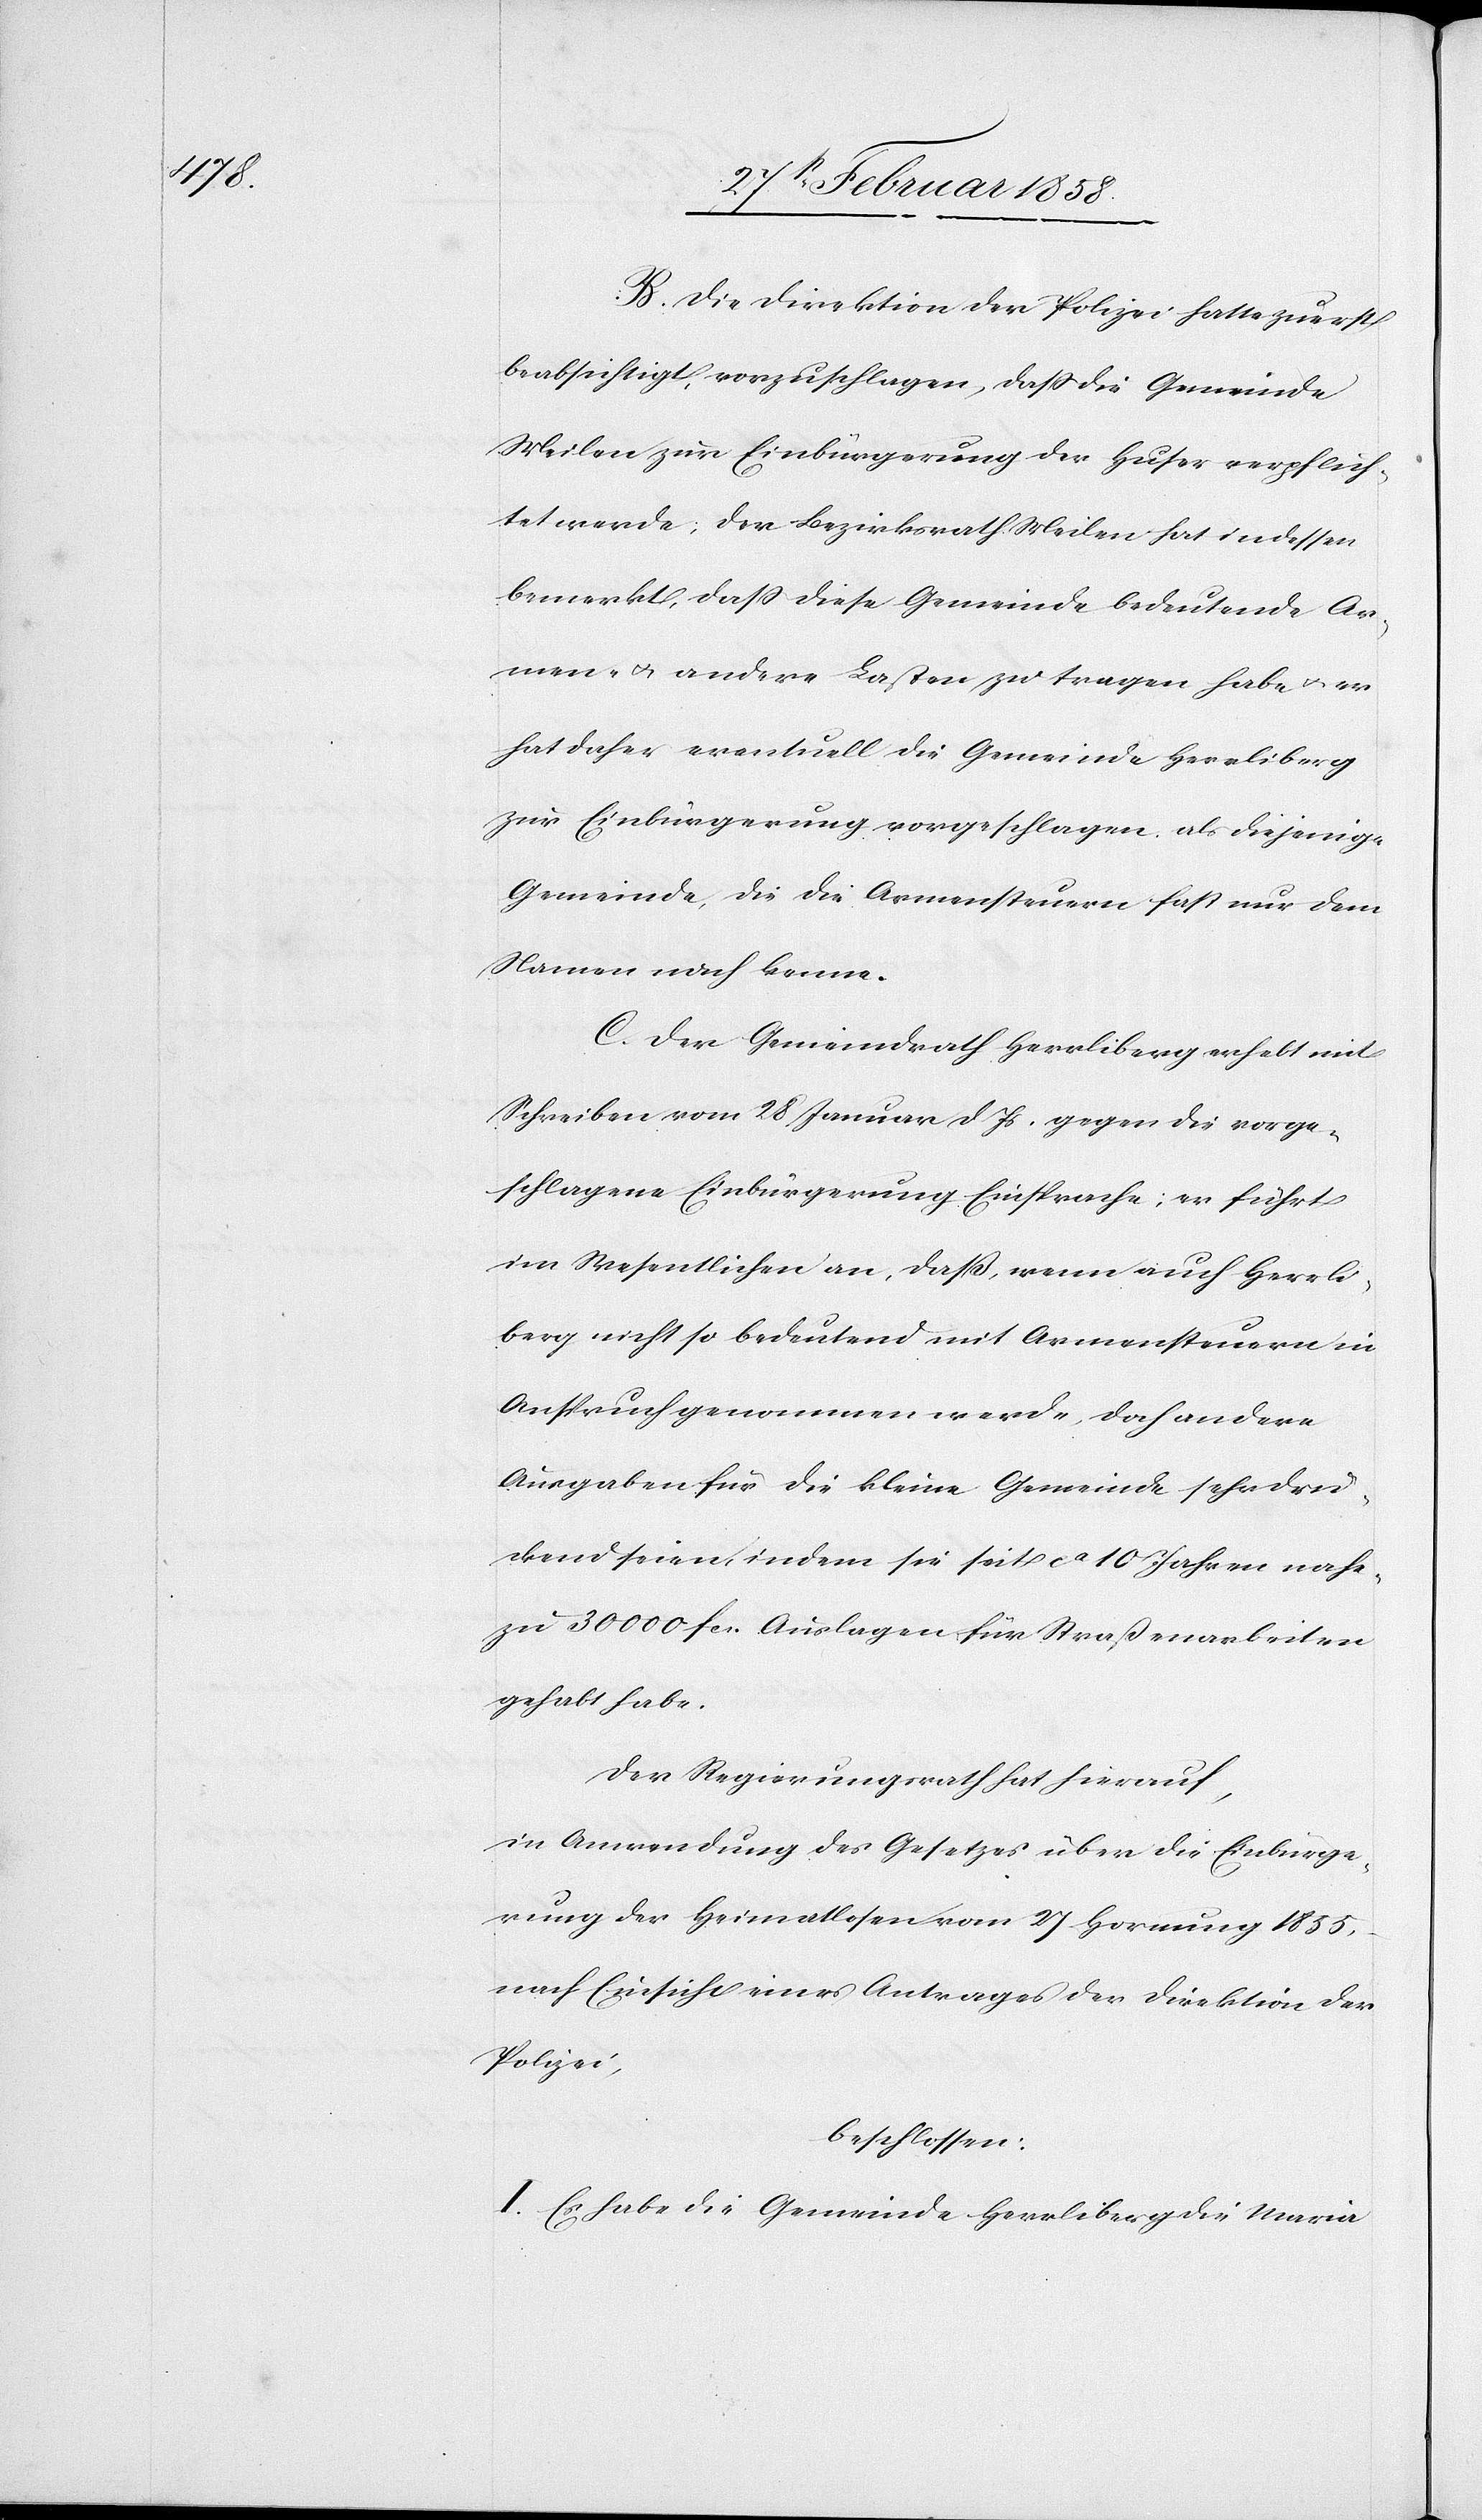
B. Die Direktion der Polizei hatte zuerst
beabsichtigt, vorzuschlagen, daß die Gemeinde
Meilen zur Einbürgerung der Huser verpflich¬
tet werde; der Bezirksrath Meilen hat indessen
bemerkt, daß diese Gemeinde bedeutende Ar¬
men- u. andere Lasten zu tragen habe u. er
hat daher eventuell die Gemeinde Herrliberg
zur Einbürgerung vorgeschlagen, als diejenige
Gemeinde, die die Armensteuern fast nur dem
Namen nach kenne.
C. Der Gemeindrath Herrliberg erhebt mit
Schreiben vom 28 Januar d. Js. gegen die vorge¬
schlagene Einbürgerung Einsprache; er führt
im Wesentlichen an, daß, wenn auch Herrli¬
berg nicht so bedeutend mit Armensteuern in
Anspruch genommen werde, doch andere
Ausgaben für die kleine Gemeinde sehr drü¬
ckend seien, indem sie seit ca 10 Jahren nahe¬
zu 30 000 fcs. Auslagen für Straßenarbeiten
gehabt habe.
Der Regierungsrath hat hierauf,
in Anwendung des Gesetzes über die Einbürge¬
rung der Heimatlosen vom 27 Hornung 1855,
nach Einsicht eines Antrages der Direktion der
Polizei,
beschlossen:
I. Es habe die Gemeinde Herrliberg die Maria